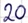
Text: 20